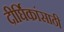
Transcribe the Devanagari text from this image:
दीर्घिकांसाठी